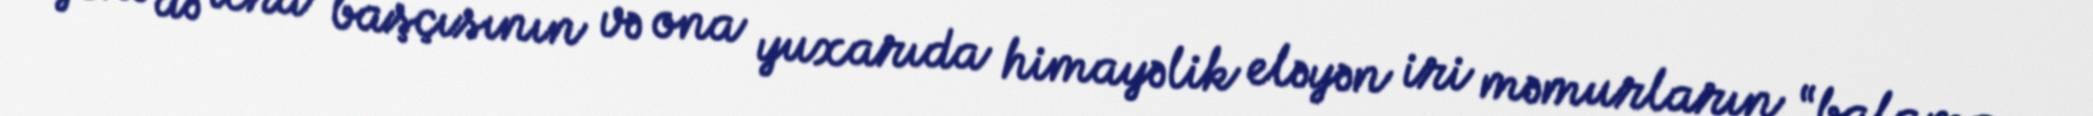
yenə də icra başçısının və ona yuxarıda himayəlik eləyən iri məmurların “balama